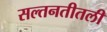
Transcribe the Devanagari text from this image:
सल्तनतीतली